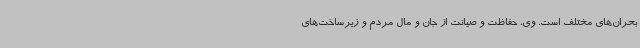
بحران‌های مختلف است. وی، حفاظت و صیانت از جان و مال مردم و زیرساخت‌های